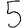
Digit: 5